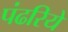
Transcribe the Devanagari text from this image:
पंढरिये